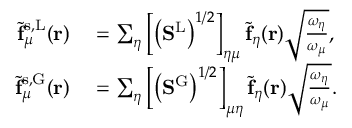
\begin{array} { r l } { \tilde { \mathbf { f } } _ { \mu } ^ { \mathrm { s , L } } ( \mathbf { r } ) } & { { } = \sum _ { \eta } \left[ \left( \mathbf { S } ^ { \mathrm { L } } \right) ^ { 1 / 2 } \right] _ { \eta \mu } \tilde { \mathbf { f } } _ { \eta } ( \mathbf { r } ) \sqrt { \frac { \omega _ { \eta } } { \omega _ { \mu } } } , } \\ { \tilde { \mathbf { f } } _ { \mu } ^ { \mathrm { s , G } } ( \mathbf { r } ) } & { { } = \sum _ { \eta } \left[ \left( \mathbf { S } ^ { \mathrm { G } } \right) ^ { 1 / 2 } \right] _ { \mu \eta } \tilde { \mathbf { f } } _ { \eta } ( \mathbf { r } ) \sqrt { \frac { \omega _ { \eta } } { \omega _ { \mu } } } . } \end{array}